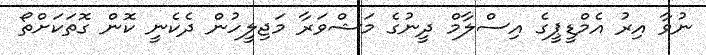
ނުވާ އިރު އެމްޑީޕީގެ އިސްލާމް ދީނުގެ މަޝްވަރާ މަޖިލީހުން ދެކެނީ ކޮން ގޮތަކަށްތޯ